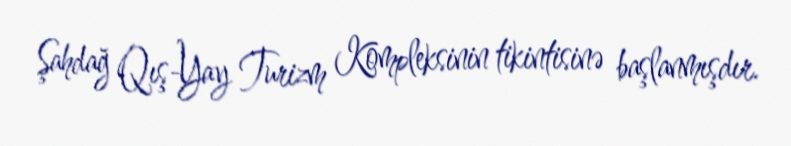
Şahdağ Qış-Yay Turizm Kompleksinin tikintisinə başlanmışdır.